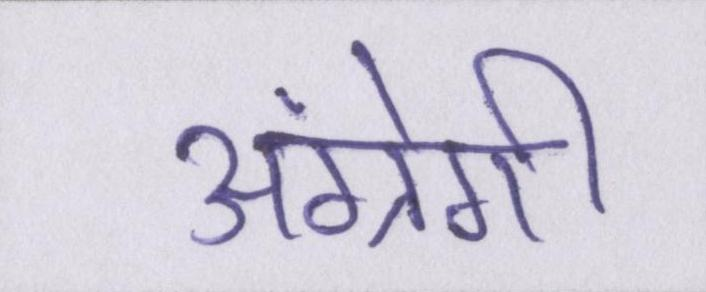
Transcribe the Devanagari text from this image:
अंग्रेगी